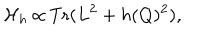
LaTeX: { \cal H } _ { h } \thinspace { \propto } \thinspace \mathrm { T r } ( L ^ { 2 } + h ( Q ) ^ { 2 } ) ,